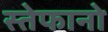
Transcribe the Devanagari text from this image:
स्तेफानो